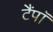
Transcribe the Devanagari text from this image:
टैंपॉ